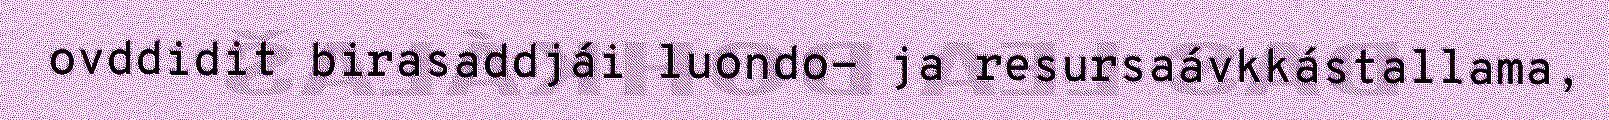
ovddidit birasaddjái luondo- ja resursaávkkástallama,